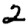
Digit: 2